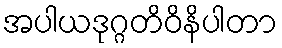
အပါယဒုဂ္ဂတိဝိနိပါတာ